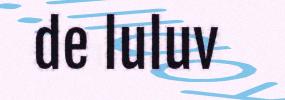
de luluv